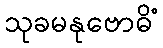
သုခမနုဗောဓိံ